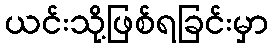
ယင်းသို့ဖြစ်ရခြင်းမှာ